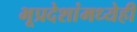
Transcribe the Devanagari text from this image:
भूप्रदेशांमध्येही